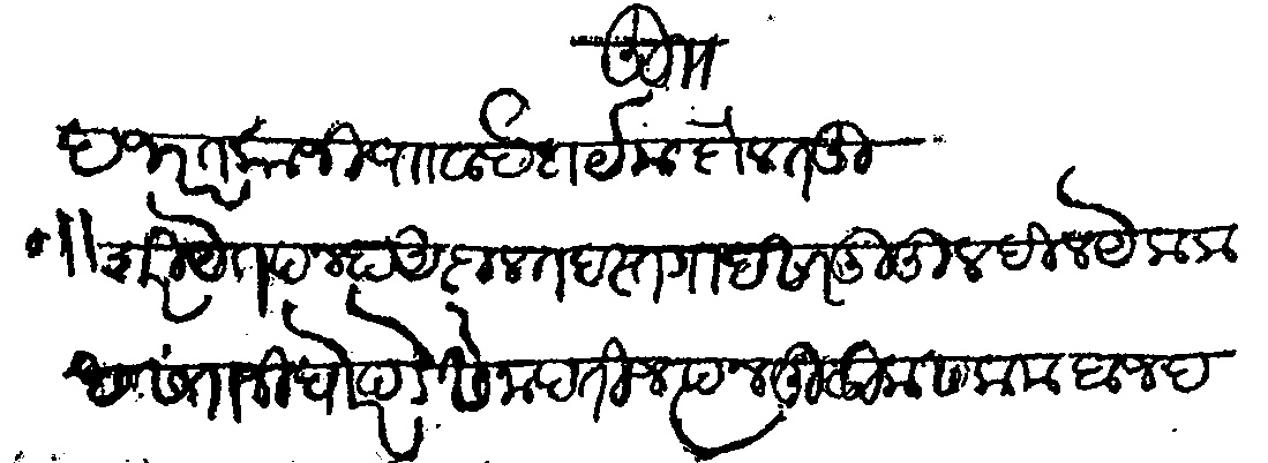
Transliteration (Devanagari): हजरत काजी पाा वाई दाये दौलत हू शरियेत पन्हा अदालत दस्तगाह सादतूल दील येक लास संताजी घोरपडे सेनापती जप्तन्मुलीक सलाम बाजद